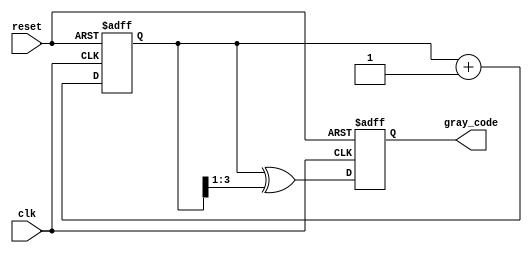
module gray_code_counter #(
    parameter N = 4 // Number of bits for the counter
)(
    input wire clk,
    input wire reset,
    output reg [N-1:0] gray_code
);

    // Internal signal for the binary counter
    reg [N-1:0] binary_count;

    // Combinational logic to convert binary to Gray code
    function [N-1:0] binary_to_gray;
        input [N-1:0] binary;
        begin
            binary_to_gray = binary ^ (binary >> 1);
        end
    endfunction

    // Sequential logic for binary counting
    always @(posedge clk or posedge reset) begin
        if (reset) begin
            binary_count <= 0;
            gray_code <= 0;
        end else begin
            binary_count <= binary_count + 1;
            gray_code <= binary_to_gray(binary_count);
        end
    end

endmodule